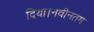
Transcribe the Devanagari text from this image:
दिया।नवीनतम